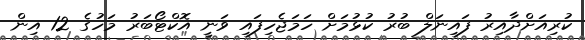
ކުރިއަށްދާއިރު ފައިނަލް ބުރު ކުޅުމަށް ހަމަޖެހިފައި ވަނީ އޮކްޓޯބަރު މަހުގެ 12 އިން